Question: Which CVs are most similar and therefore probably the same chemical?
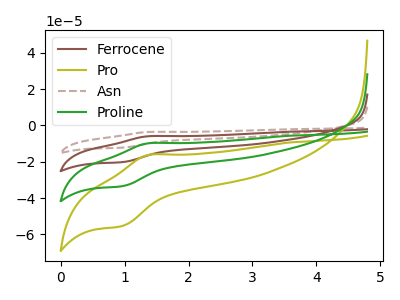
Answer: <think>The brown curve "Ferrocene" has an anodic peak at (1.40V, -19.55uA) and a cathodic peak at (0.95V, -66.95uA). The olive curve "Pro" has an anodic peak at (1.40V, -16.15uA) and a cathodic peak at (0.95V, -55.40uA). The brown dashed curve "Asn" has an anodic peak at (1.40V, -29.30uA) and a cathodic peak at (0.95V, -100.40uA). The green curve "Proline" has an anodic peak at (1.40V, -9.75uA) and a cathodic peak at (0.95V, -33.45uA).
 All the peaks in "Ferrocene" have a peak in "Pro" at the same potential. All the peaks in "Ferrocene" have a peak in "Asn" at the same potential. All the peaks in "Ferrocene" have a peak in "Proline" at the same potential. All the peaks in "Pro" have a peak in "Asn" at the same potential. All the peaks in "Pro" have a peak in "Proline" at the same potential. All the peaks in "Asn" have a peak in "Proline" at the same potential.</think>
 <answer>"Pro", "Ferrocene", "Asn" and "Proline" have the same shape and are likely CV's of the same chemical.</answer>
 <eval>"Pro" "Ferrocene" "Asn" "Proline"</eval>